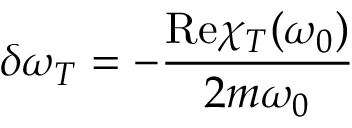
\delta \omega _ { T } = - \frac { \mathrm { R e } \chi _ { T } ( \omega _ { 0 } ) } { 2 m \omega _ { 0 } }